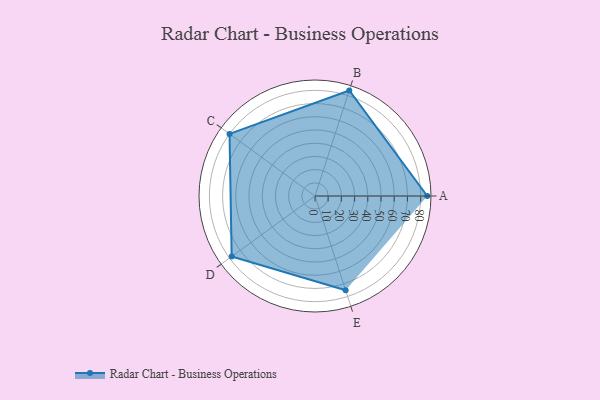
{"axis": {"x": "Skill", "y": "Score"}, "legend": ["Profile"], "data": [{"x": "A", "y": 85.0, "type": "Profile"}, {"x": "B", "y": 84.0, "type": "Profile"}, {"x": "C", "y": 80.0, "type": "Profile"}, {"x": "D", "y": 78.0, "type": "Profile"}, {"x": "E", "y": 75.0, "type": "Profile"}]}